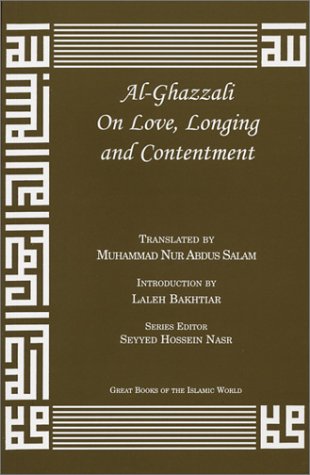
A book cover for Al-Ghazzali On Love, Longing and Contentment; AbÃ» HÃ¢mid Muhammad ibn Muhammad al-GhazÃ¢lÃ®; Religion & Spirituality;